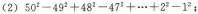
(2)50^{2}-49^{2}+48^{2}-47^{2}+\cdots+2^{2}-1^{2}；